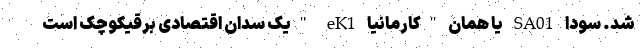
شد. سودا SA01 یا همان "کارمانیا eK1 "یک سدان اقتصادی برقیکوچک است